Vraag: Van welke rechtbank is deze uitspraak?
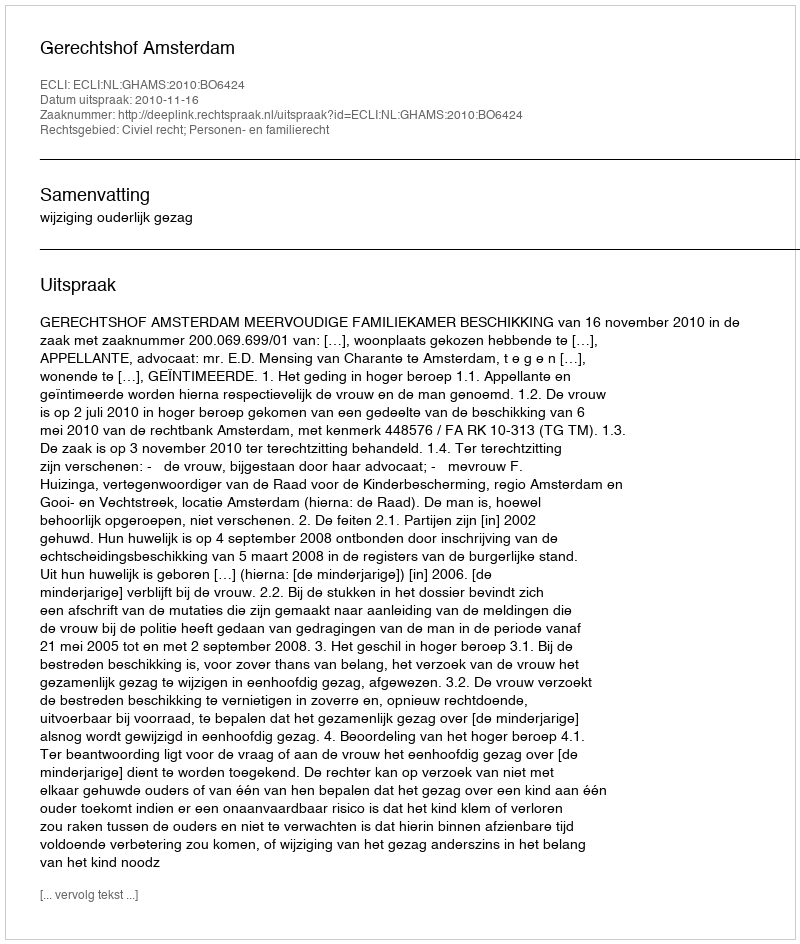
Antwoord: Gerechtshof Amsterdam